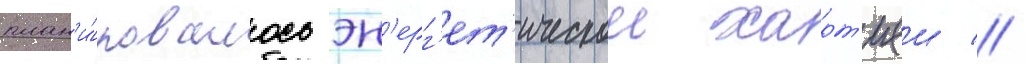
план'и́ровалось эн'ерг'ет'ическои харт'иеи //